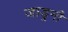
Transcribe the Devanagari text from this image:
जाड्रनी